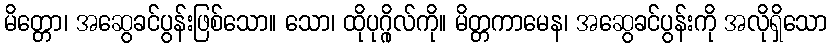
မိတ္တော၊ အဆွေခင်ပွန်းဖြစ်သော။ သော၊ ထိုပုဂ္ဂိုလ်ကို။ မိတ္တကာမေန၊ အဆွေခင်ပွန်းကို အလိုရှိသော